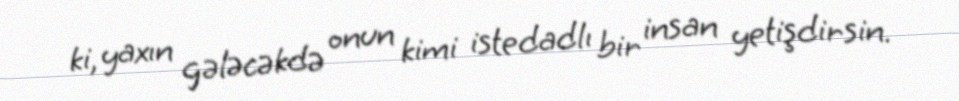
ki, yaxın gələcəkdə onun kimi istedadlı bir insan yetişdirsin.